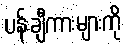
ပန်းချီကားများကို